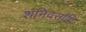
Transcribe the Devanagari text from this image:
शनिवर्सांथि